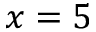
x = 5